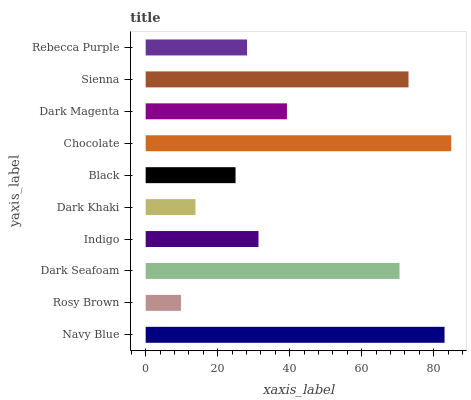
| yaxis_label | bars |
 | --- | --- |
 | Navy Blue | 83 |
 | Rosy Brown | 9.8 |
 | Dark Seafoam | 70.5 |
 | Indigo | 31.3 |
 | Dark Khaki | 13.8 |
 | Black | 25 |
 | Chocolate | 84.9 |
 | Dark Magenta | 39.2 |
 | Sienna | 73 |
 | Rebecca Purple | 28.2 |